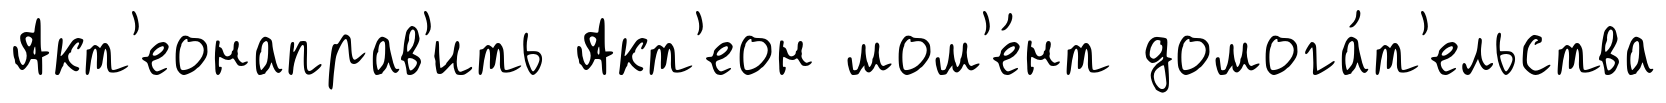
Акт'еонаправ'ить Акт'еон мом'е́нт домога́т'ельства